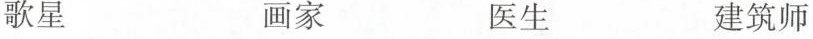
歌星 画家 医生 建筑师